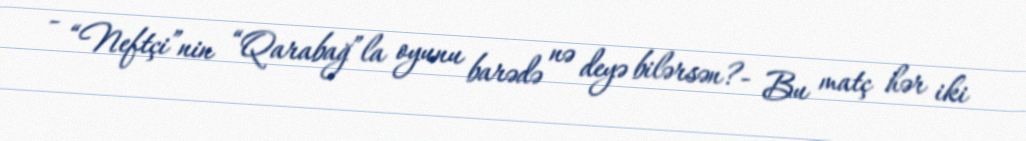
- “Neftçi”nin “Qarabağ”la oyunu barədə nə deyə bilərsən?- Bu matç hər iki